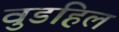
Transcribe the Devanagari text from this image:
वुडहिल